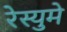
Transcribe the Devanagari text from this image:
रेस्युमे